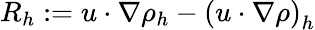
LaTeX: R_{h}:=u\cdot\nabla\rho_{h}-\left(u\cdot\nabla\rho\right)_{h}